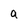
Character: a